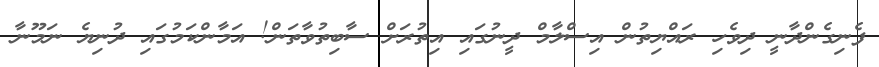
ފެނިގެންދާނީ ދިވެހި ރައްޔިތުން އިސްލާމް ދީނުގައި އިތުރަށް ސާބިތުވާތަން! އަމާންކަމުގައި ދުނިޔެ ނަމޫނާ